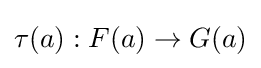
\tau (a):F(a)\to G(a)